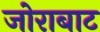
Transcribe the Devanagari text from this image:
जोराबाट